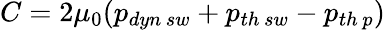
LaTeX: C=2\mu_{0}(p_{dyn\thinspace sw}+p_{th\thinspace sw}-p_{th\thinspace p})